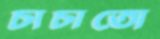
চাচাতো